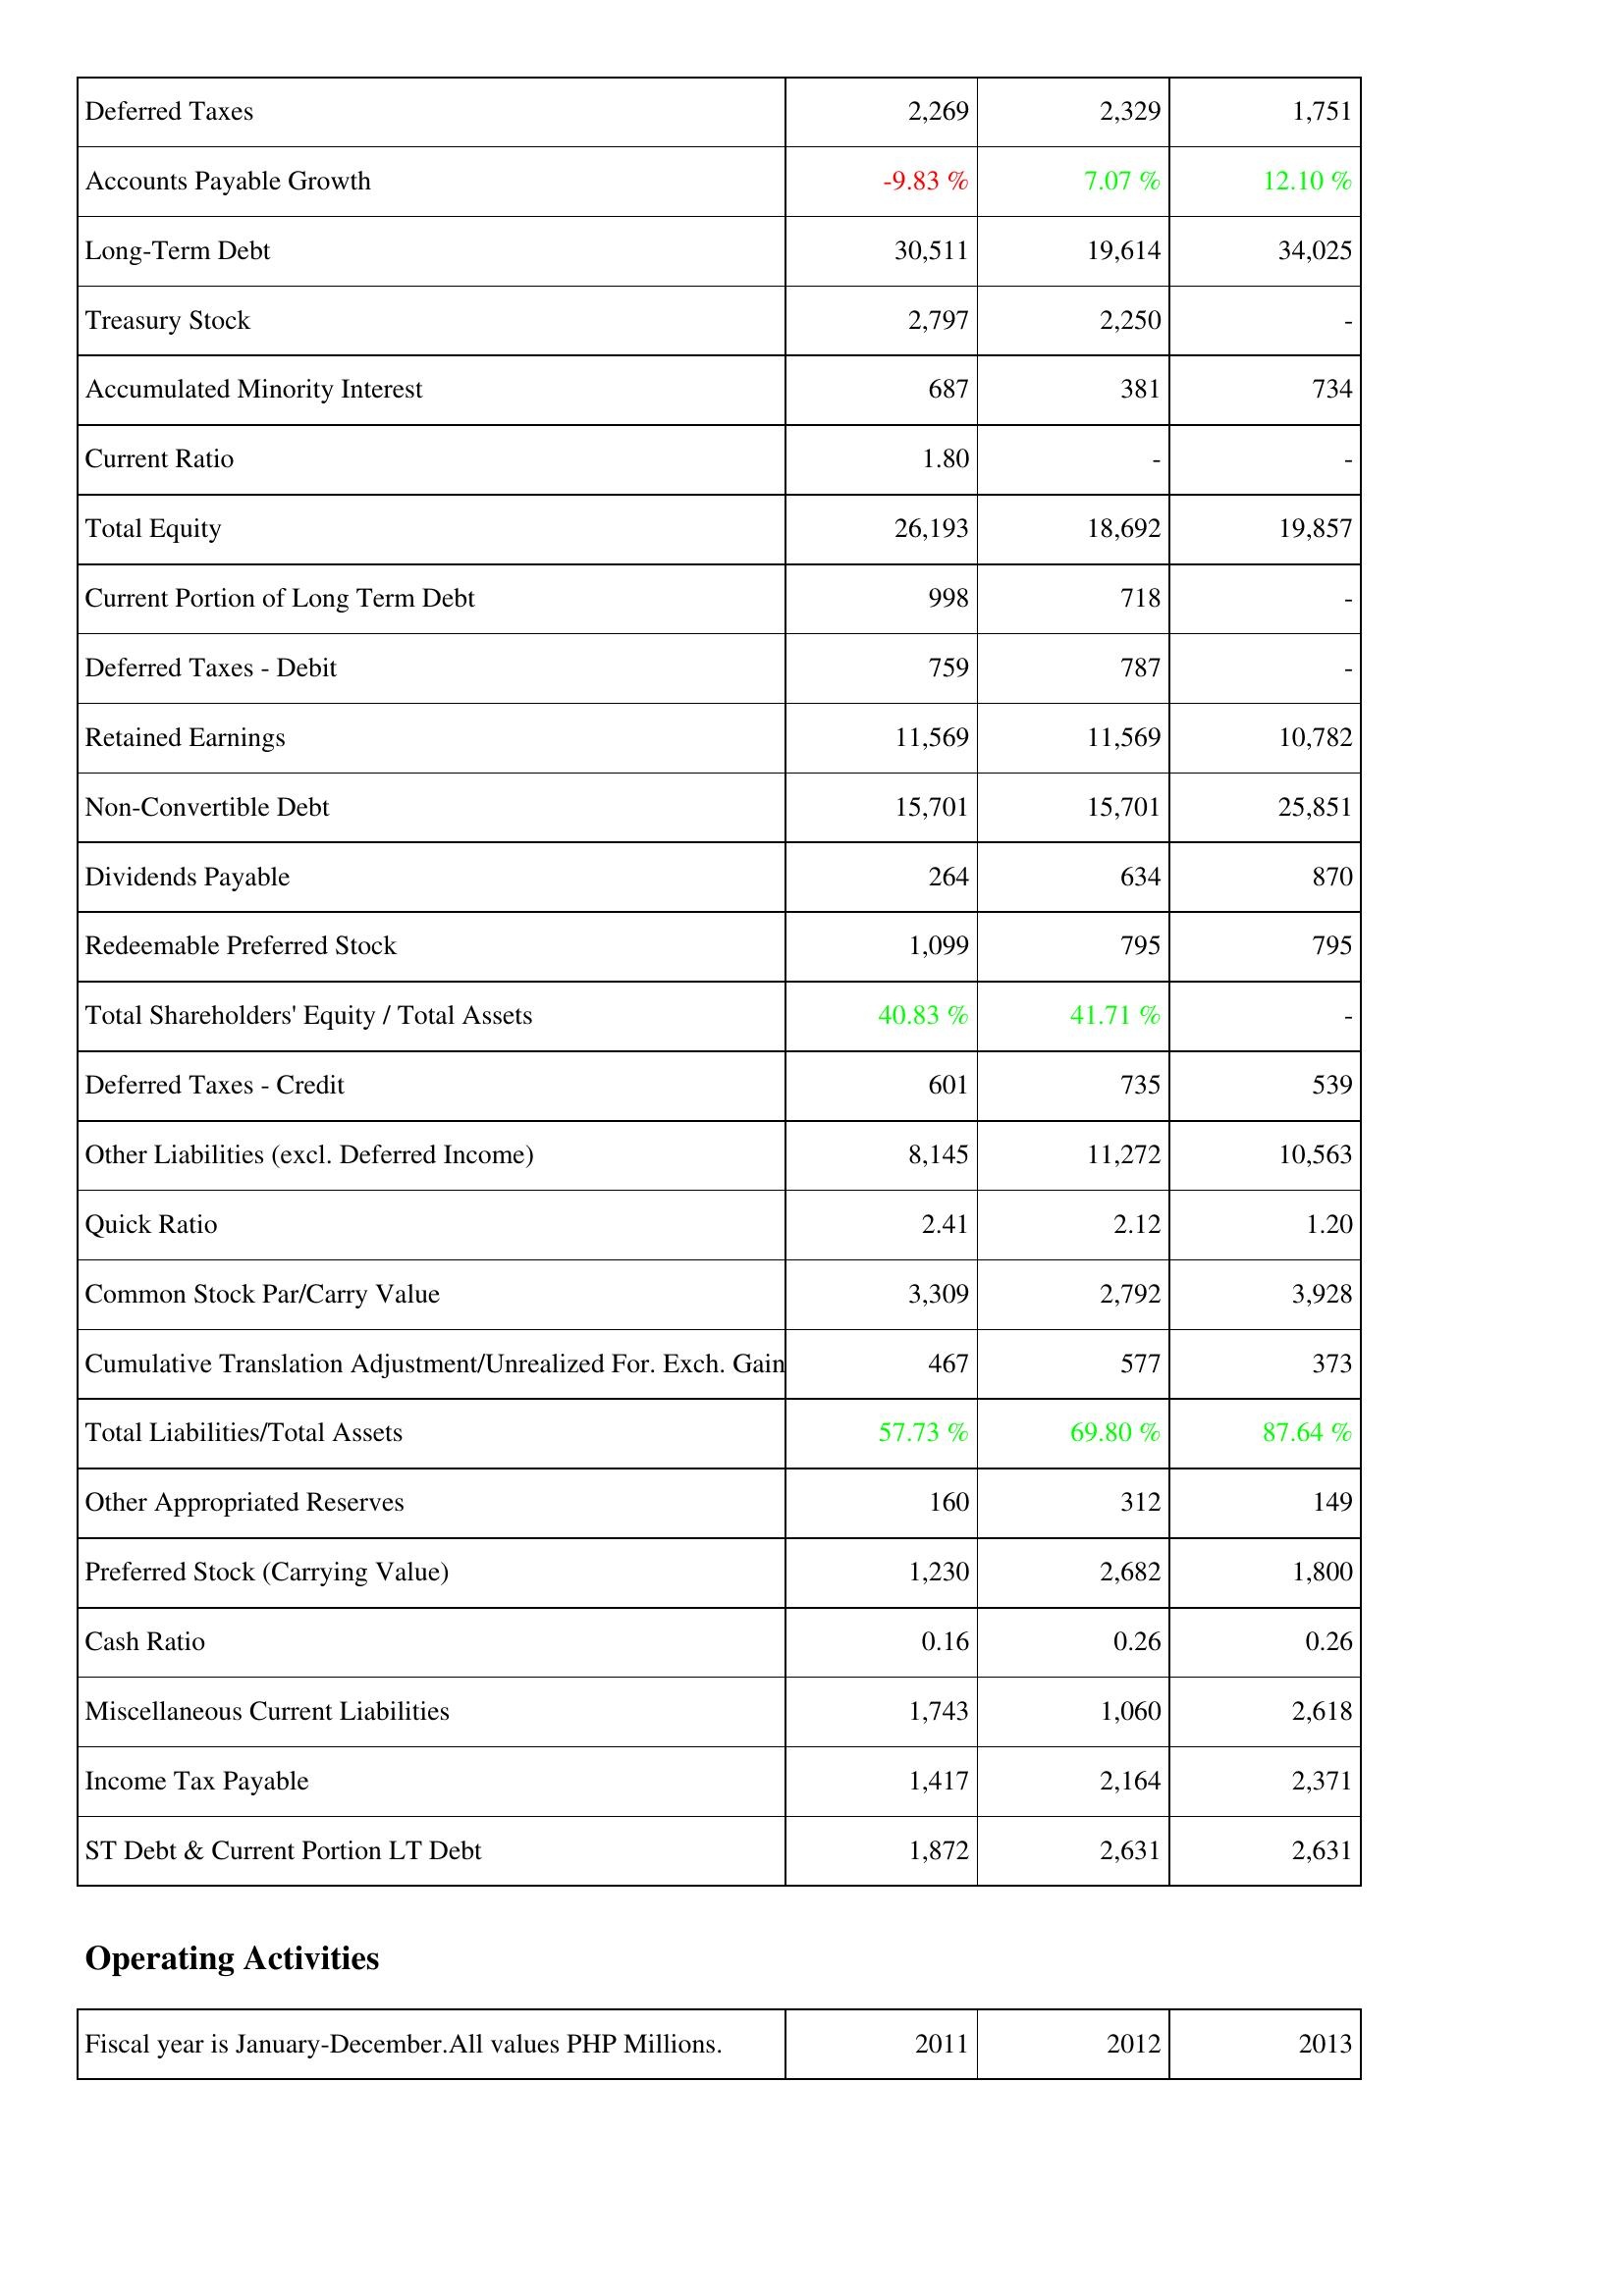
2011: Liabilities & Shareholders' Equity: Deferred Taxes: 2,269
Accounts Payable Growth: -9.83 %
Long-Term Debt: 30,511
Treasury Stock: 2,797
Accumulated Minority Interest: 687
Current Ratio: 1.80
Total Equity: 26,193
Current Portion of Long Term Debt: 998
Deferred Taxes - Debit: 759
Retained Earnings: 11,569
Non-Convertible Debt: 15,701
Dividends Payable: 264
Redeemable Preferred Stock: 1,099
Total Shareholders' Equity / Total Assets: 40.83 %
Deferred Taxes - Credit: 601
Other Liabilities (excl. Deferred Income): 8,145
Quick Ratio: 2.41
Common Stock Par/Carry Value: 3,309
Cumulative Translation Adjustment/Unrealized For. Exch. Gain: 467
Total Liabilities/Total Assets: 57.73 %
Other Appropriated Reserves: 160
Preferred Stock (Carrying Value): 1,230
Cash Ratio: 0.16
Miscellaneous Current Liabilities: 1,743
Income Tax Payable: 1,417
ST Debt & Current Portion LT Debt: 1,872
2012: Liabilities & Shareholders' Equity: Deferred Taxes: 2,329
Accounts Payable Growth: 7.07 %
Long-Term Debt: 19,614
Treasury Stock: 2,250
Accumulated Minority Interest: 381
Current Ratio: -
Total Equity: 18,692
Current Portion of Long Term Debt: 718
Deferred Taxes - Debit: 787
Retained Earnings: 11,569
Non-Convertible Debt: 15,701
Dividends Payable: 634
Redeemable Preferred Stock: 795
Total Shareholders' Equity / Total Assets: 41.71 %
Deferred Taxes - Credit: 735
Other Liabilities (excl. Deferred Income): 11,272
Quick Ratio: 2.12
Common Stock Par/Carry Value: 2,792
Cumulative Translation Adjustment/Unrealized For. Exch. Gain: 577
Total Liabilities/Total Assets: 69.80 %
Other Appropriated Reserves: 312
Preferred Stock (Carrying Value): 2,682
Cash Ratio: 0.26
Miscellaneous Current Liabilities: 1,060
Income Tax Payable: 2,164
ST Debt & Current Portion LT Debt: 2,631
2013: Liabilities & Shareholders' Equity: Deferred Taxes: 1,751
Accounts Payable Growth: 12.10 %
Long-Term Debt: 34,025
Treasury Stock: -
Accumulated Minority Interest: 734
Current Ratio: -
Total Equity: 19,857
Current Portion of Long Term Debt: -
Deferred Taxes - Debit: -
Retained Earnings: 10,782
Non-Convertible Debt: 25,851
Dividends Payable: 870
Redeemable Preferred Stock: 795
Total Shareholders' Equity / Total Assets: -
Deferred Taxes - Credit: 539
Other Liabilities (excl. Deferred Income): 10,563
Quick Ratio: 1.20
Common Stock Par/Carry Value: 3,928
Cumulative Translation Adjustment/Unrealized For. Exch. Gain: 373
Total Liabilities/Total Assets: 87.64 %
Other Appropriated Reserves: 149
Preferred Stock (Carrying Value): 1,800
Cash Ratio: 0.26
Miscellaneous Current Liabilities: 2,618
Income Tax Payable: 2,371
ST Debt & Current Portion LT Debt: 2,631